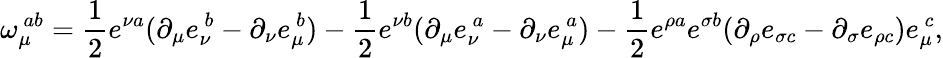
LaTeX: \omega_{\mu}^{\ ab}={\frac{1}{2}}e^{\nu a}(\partial_{\mu}e_{\nu}^{\ b}-\partial_{\nu}e_{\mu}^{\ b})-{\frac{1}{2}}e^{\nu b}(\partial_{\mu}e_{\nu}^{\ a}-\partial_{\nu}e_{\mu}^{\ a})-{\frac{1}{2}}e^{\rho a}e^{\sigma b}(\partial_{\rho}e_{\sigma c}-\partial_{\sigma}e_{\rho c})e_{\mu}^{\ c},